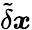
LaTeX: \tilde{\delta}\boldsymbol{x}